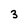
Character: 3